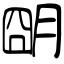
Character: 朙